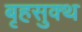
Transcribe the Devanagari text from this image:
बृहसुक्थ